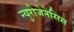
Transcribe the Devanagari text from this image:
न्युरोजेनेसिस